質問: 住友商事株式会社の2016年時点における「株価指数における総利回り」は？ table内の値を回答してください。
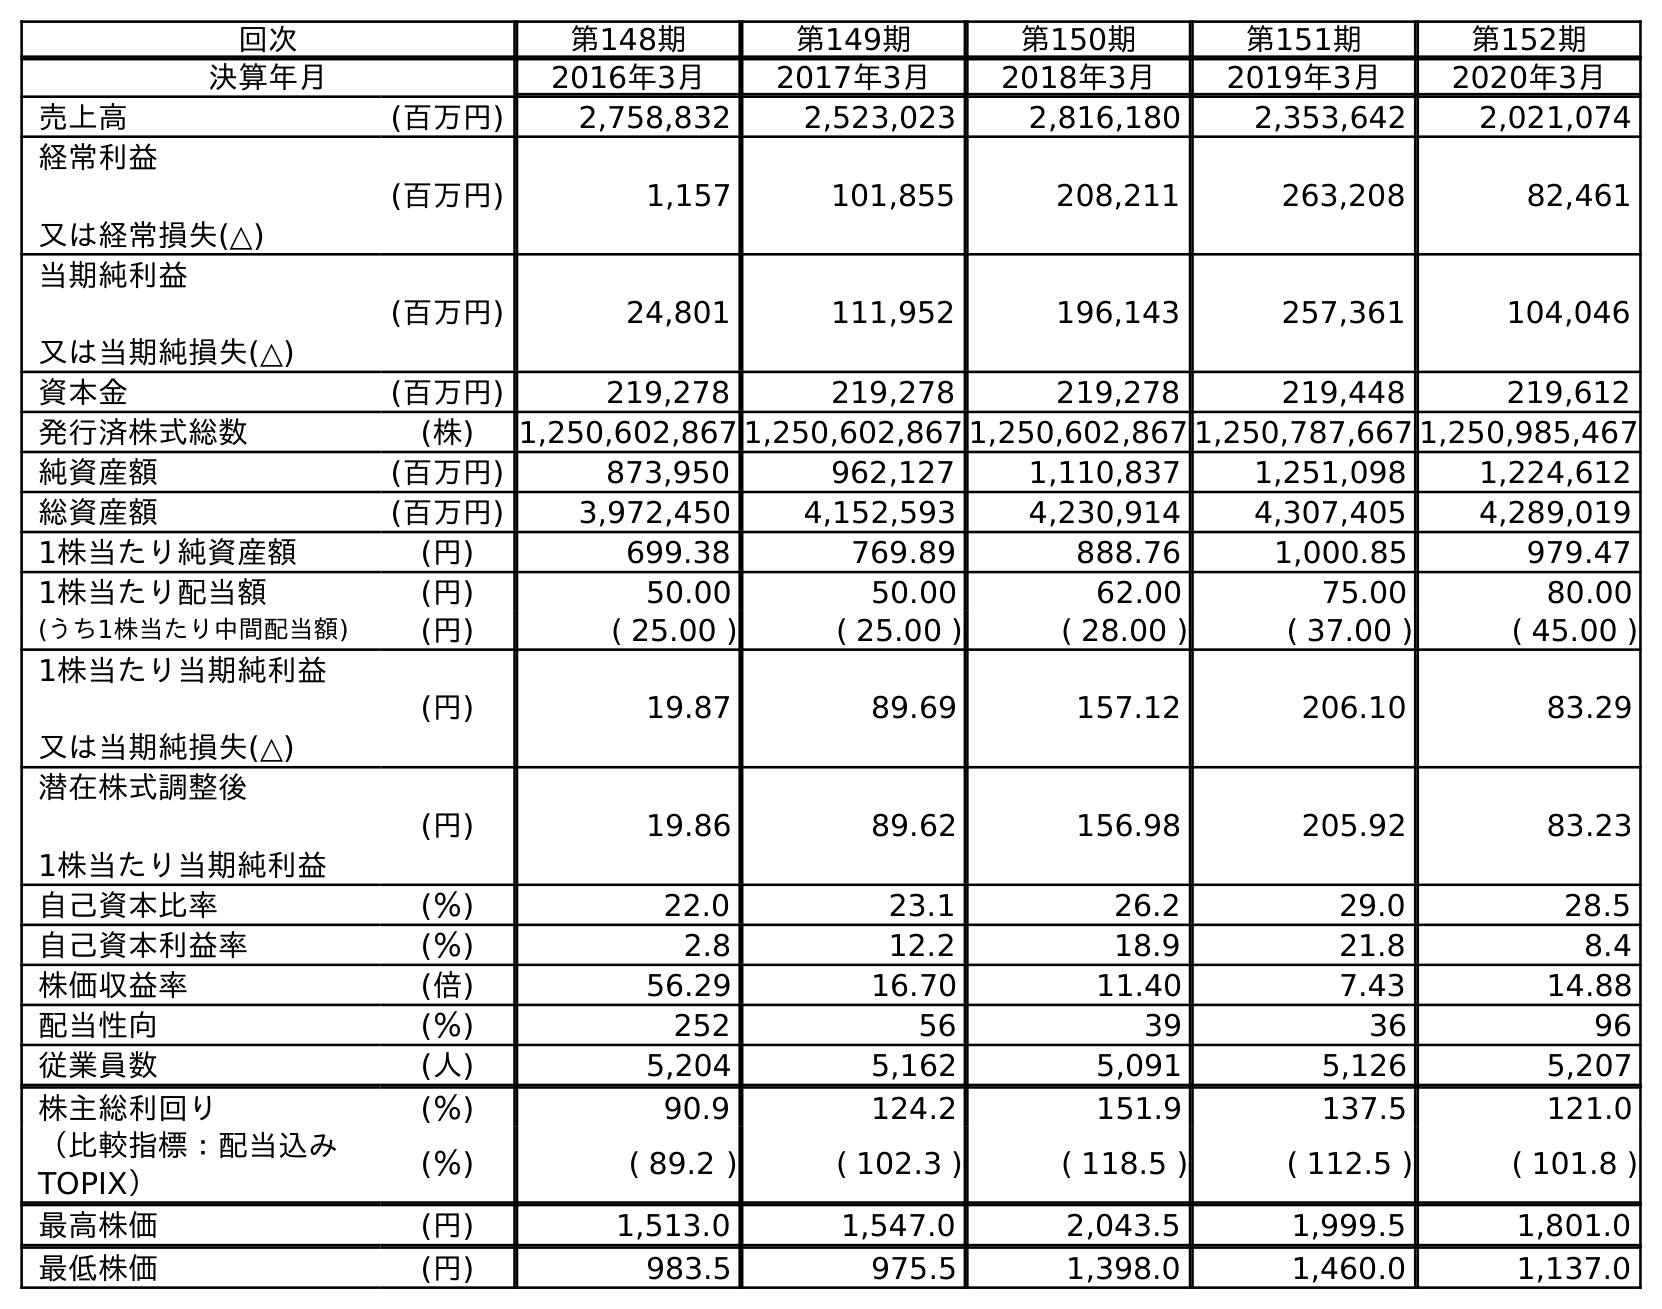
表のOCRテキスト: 回次 第148期 第149期 第150期 第151期 第152期 決算年月 2016年3月 2017年3月 2018年3月 2019年3月 2020年3月 売上高 (百万円) 2,758,832 2,523,023 2,816,180 2,353,642 2,021,074 経常利益 又は経常損失(△) (百万円) 1,157 101,855 208,211 263,208 82,461 当期純利益 又は当期純損失(△) (百万円) 24,801 111,952 196,143 257,361 104,046 資本金 (百万円) 219,278 219,278 219,278 219,448 219,612 発行済株式総数 (株) 1,250,602,867 1,250,602,867 1,250,602,867 1,250,787,667 1,250,985,467 純資産額 (百万円) 873,950 962,127 1,110,837 1,251,098 1,224,612 総資産額 (百万円) 3,972,450 4,152,593 4,230,914 4,307,405 4,289,019 1株当たり純資産額 (円) 699.38 769.89 888.76 1,000.85 979.47 1株当たり配当額 (円) 50.00 50.00 62.00 75.00 80.00 (うち1株当たり中間配当額) (円) ( 25.00 ) ( 25.00 ) ( 28.00 ) ( 37.00 ) ( 45.00 ) 1株当たり当期純利益 又は当期純損失(△) (円) 19.87 89.69 157.12 206.10 83.29 潜在株式調整後 1株当たり当期純利益 (円) 19.86 89.62 156.98 205.92 83.23 自己資本比率 (％) 22.0 23.1 26.2 29.0 28.5 自己資本利益率 (％) 2.8 12.2 18.9 21.8 8.4 株価収益率 (倍) 56.29 16.70 11.40 7.43 14.88 配当性向 (％) 252 56 39 36 96 従業員数 (人) 5,204 5,162 5,091 5,126 5,207 株主総利回り (％) 90.9 124.2 151.9 137.5 121.0 （比較指標：配当込み TOPIX） (％) ( 89.2 ) ( 102.3 ) ( 118.5 ) ( 112.5 ) ( 101.8 ) 最高株価 (円) 1,513.0 1,547.0 2,043.5 1,999.5 1,801.0 最低株価 (円) 983.5 975.5 1,398.0 1,460.0 1,137.0
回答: (89.2)